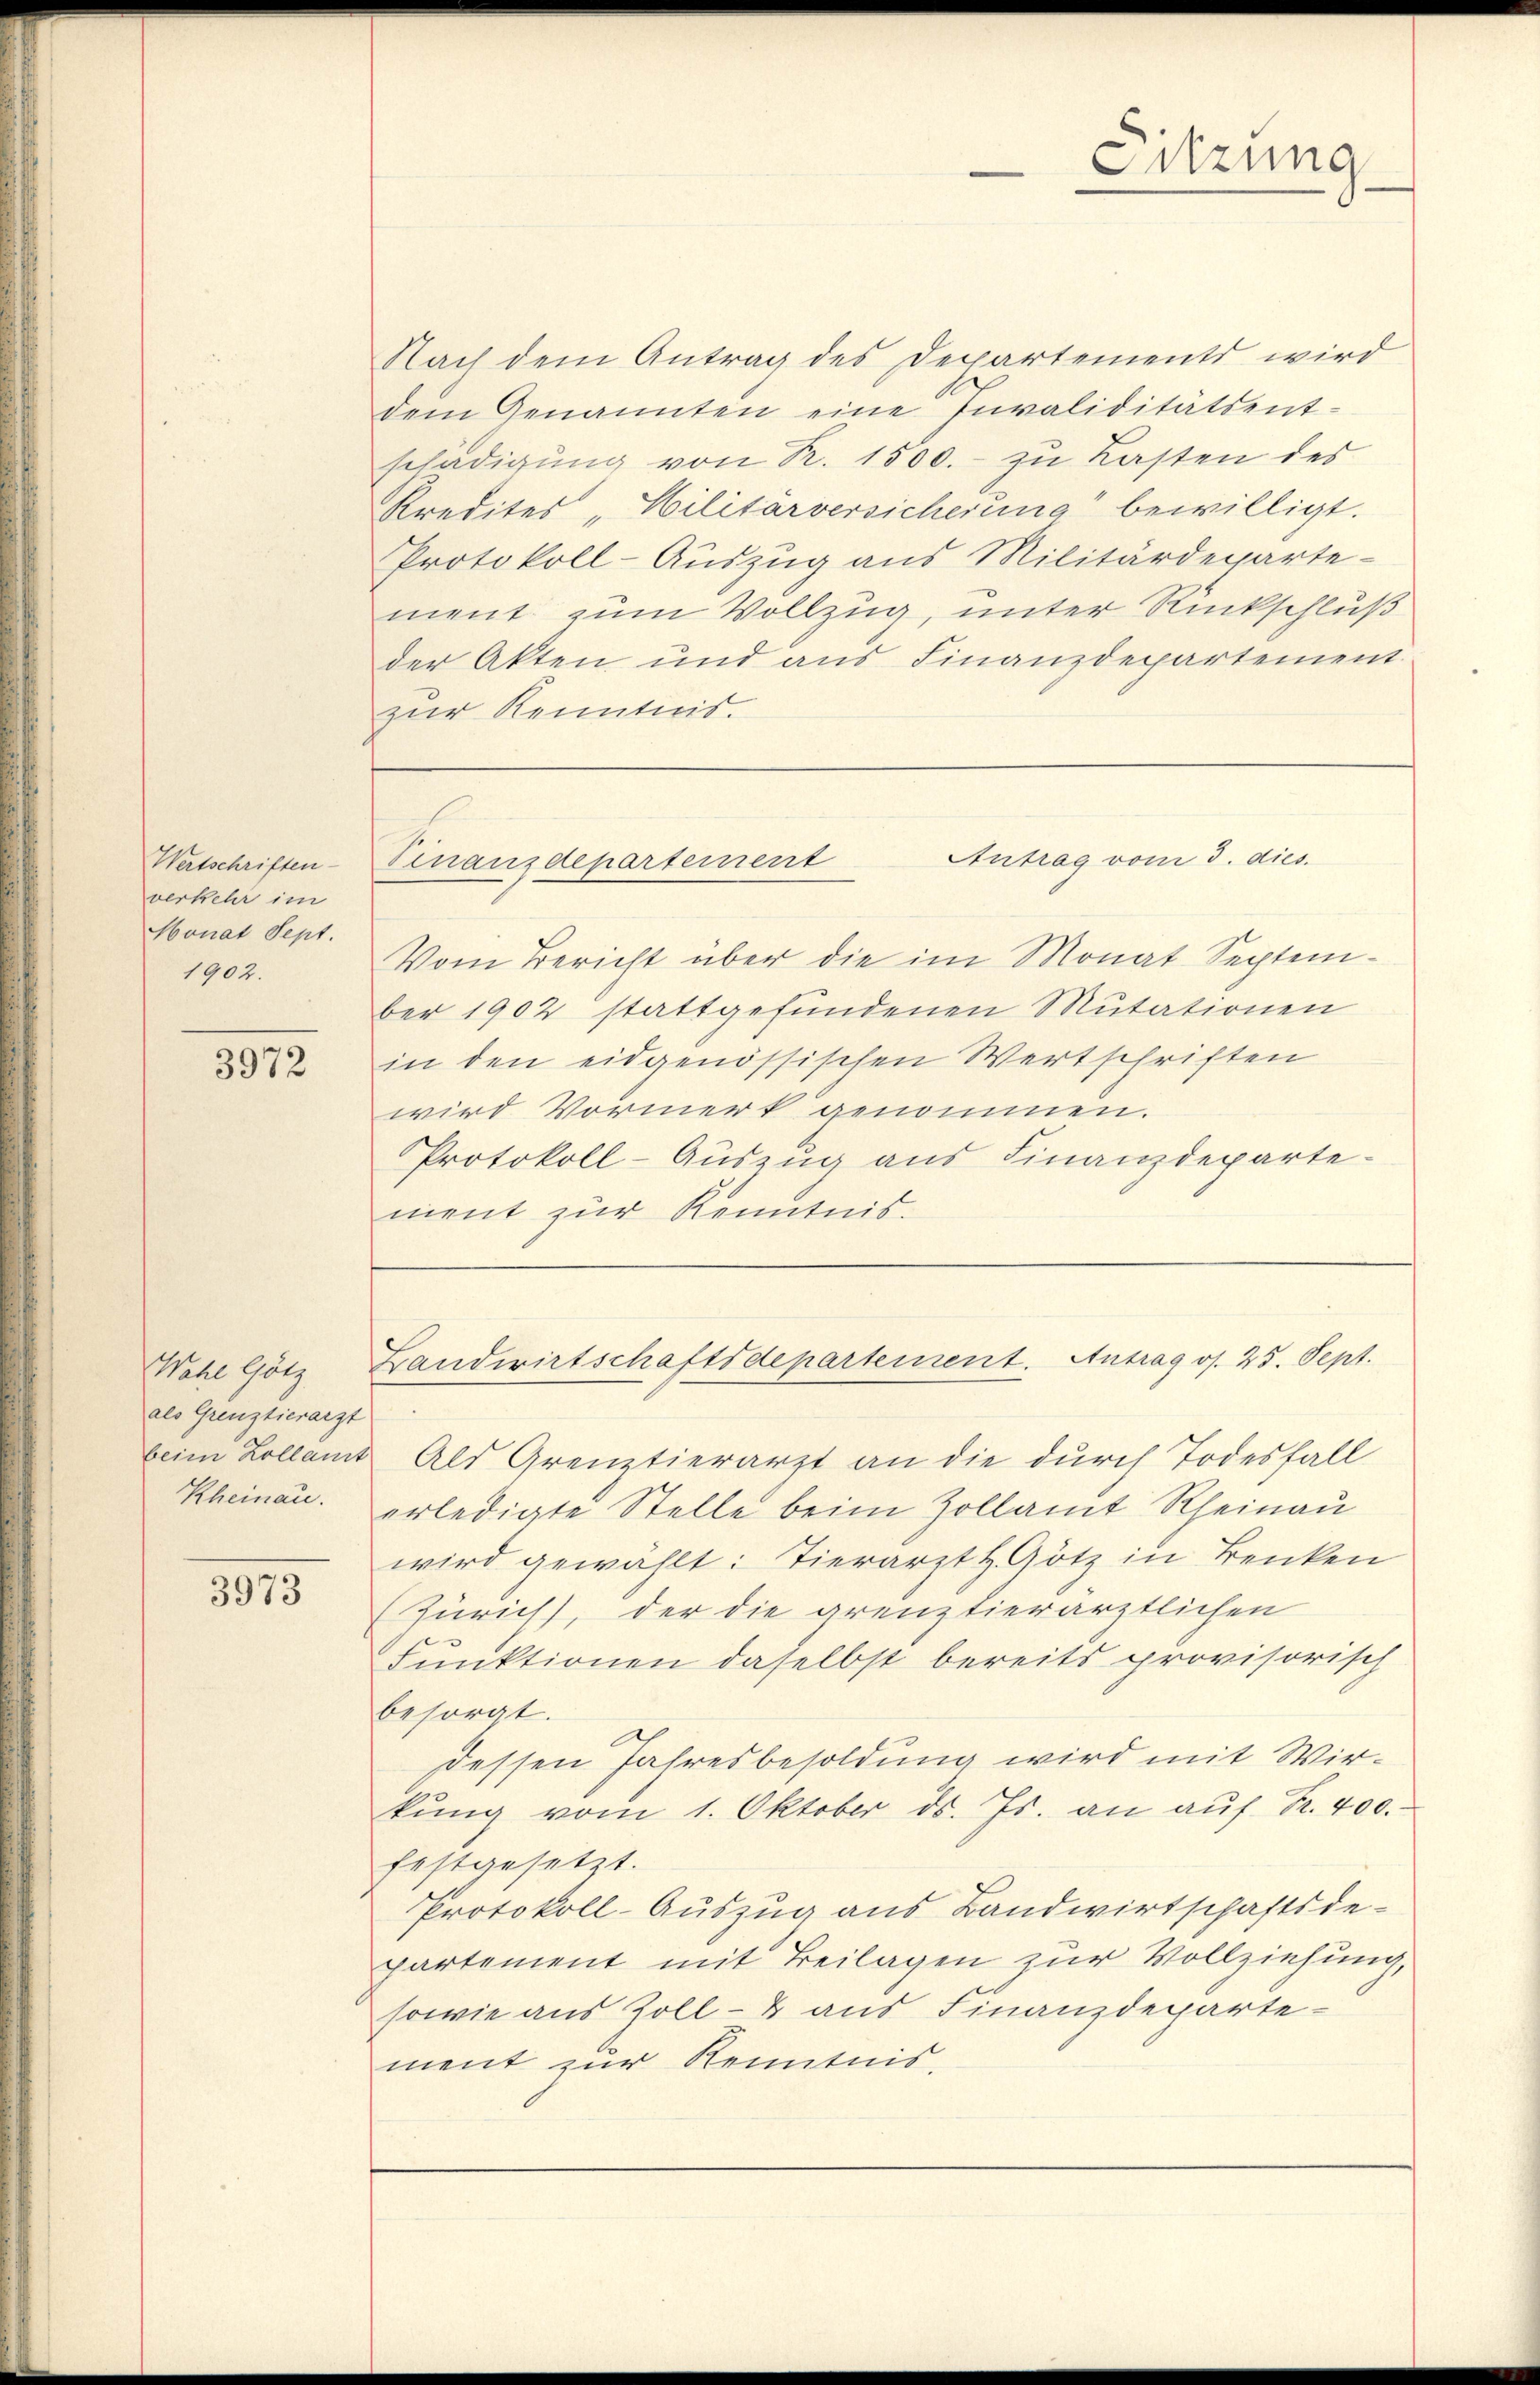
Wertschriften
verkehr im
Monat Sept.
1902.

3972

Nach dem Antrag des Departements wird
dem Genannten eine Invaliditätsent-
schädigung von R. 1500.- zu Lasten des
Kredites "Hilitärversicherung bewilligt.
Protokoll-Auszug aus Militärdeparte-
ment zum Vollzug, unter Rückschluß
der Akten und aus Finanzdepartement
zur Kenntnis.

Wahl Götz
als Grenztierarzt
Rheinau.

3973

beim Kollamt Als Grenztierarzt an die durch Todesfall
erledigte Stelle beim Zollamt Rheinau
wird gewählt: Tierarzt H. Götz in Benken
(Zürich), der die grenztierärztlichen
Funktionen daselbst bereits provisorisch
besorgt.
dessen Jahresbesoldung wird mit Wirkung vom 1. Oktober ds. Js. an auf Fr. 400.
festgesetzt.
Protokoll-Auszug aus Bandwirtschaftsde-
partement mit Beilagen zur Vollziehung,
sowie aus Zoll- & aus Finanzdepartement zur Kenntnis.

Sitzung

Vom Bericht über die im Monat September 1902 stattgefundenen Mutationen
in den eidgenössischen Wertschriften
wird Vormerk genommen.
Protokoll-Auszug aus Finanzdepartement zur Kenntnis.

Antrag vom 3. dies
Finanzdepartement

Landwirtschaftsdepartement. Antrag os. 25. Sept.